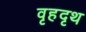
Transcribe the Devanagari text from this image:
वृहदृथ